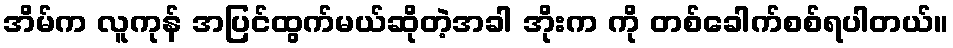
အိမ်က လူကုန် အပြင်ထွက်မယ်ဆိုတဲ့အခါ အိုးက ကို တစ်ခေါက်စစ်ရပါတယ်။